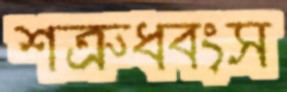
শত্রুধ্বংস